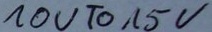
Text: 10VTo15V